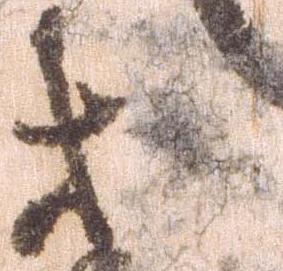
等